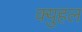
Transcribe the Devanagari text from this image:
क्युहल